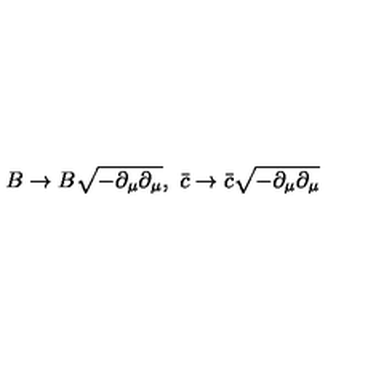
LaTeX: B \rightarrow B \sqrt { - \partial _ { \mu } \partial _ { \mu } } , \ \bar { c } \rightarrow \bar { c } \sqrt { - \partial _ { \mu } \partial _ { \mu } }